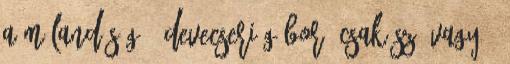
A MÚLANDÓSÁG 1 Devecseri Gábor: Csak szó vagy 1